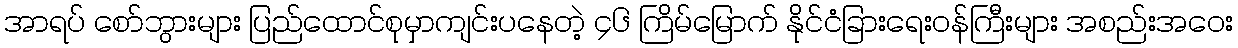
အာရပ် စော်ဘွားများ ပြည်ထောင်စုမှာကျင်းပနေတဲ့ ၄၆ ကြိမ်မြောက် နိုင်ငံခြားရေးဝန်ကြီးများ အစည်းအဝေး